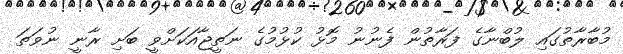
މުބާރާތުގައި ލުބްނާގެ ފަރާތުން ފެނުނު މޮޅު ކުޅުމުގެ ނަތީޖާއަކަށްވީ ބަށި ރާނީ ނުވަތަ